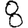
Digit: 8